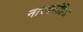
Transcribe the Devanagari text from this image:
नारदसंहिता